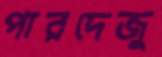
পারদেজু